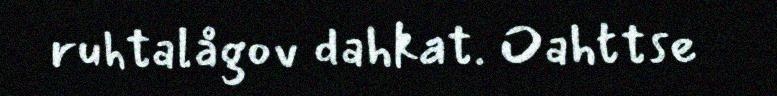
ruhtalågov dahkat. Oahttse